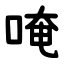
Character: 唵